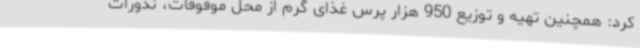
کرد: همچنین تهیه و توزیع 950 هزار پرس غذای گرم از محل موقوفات، نذورات